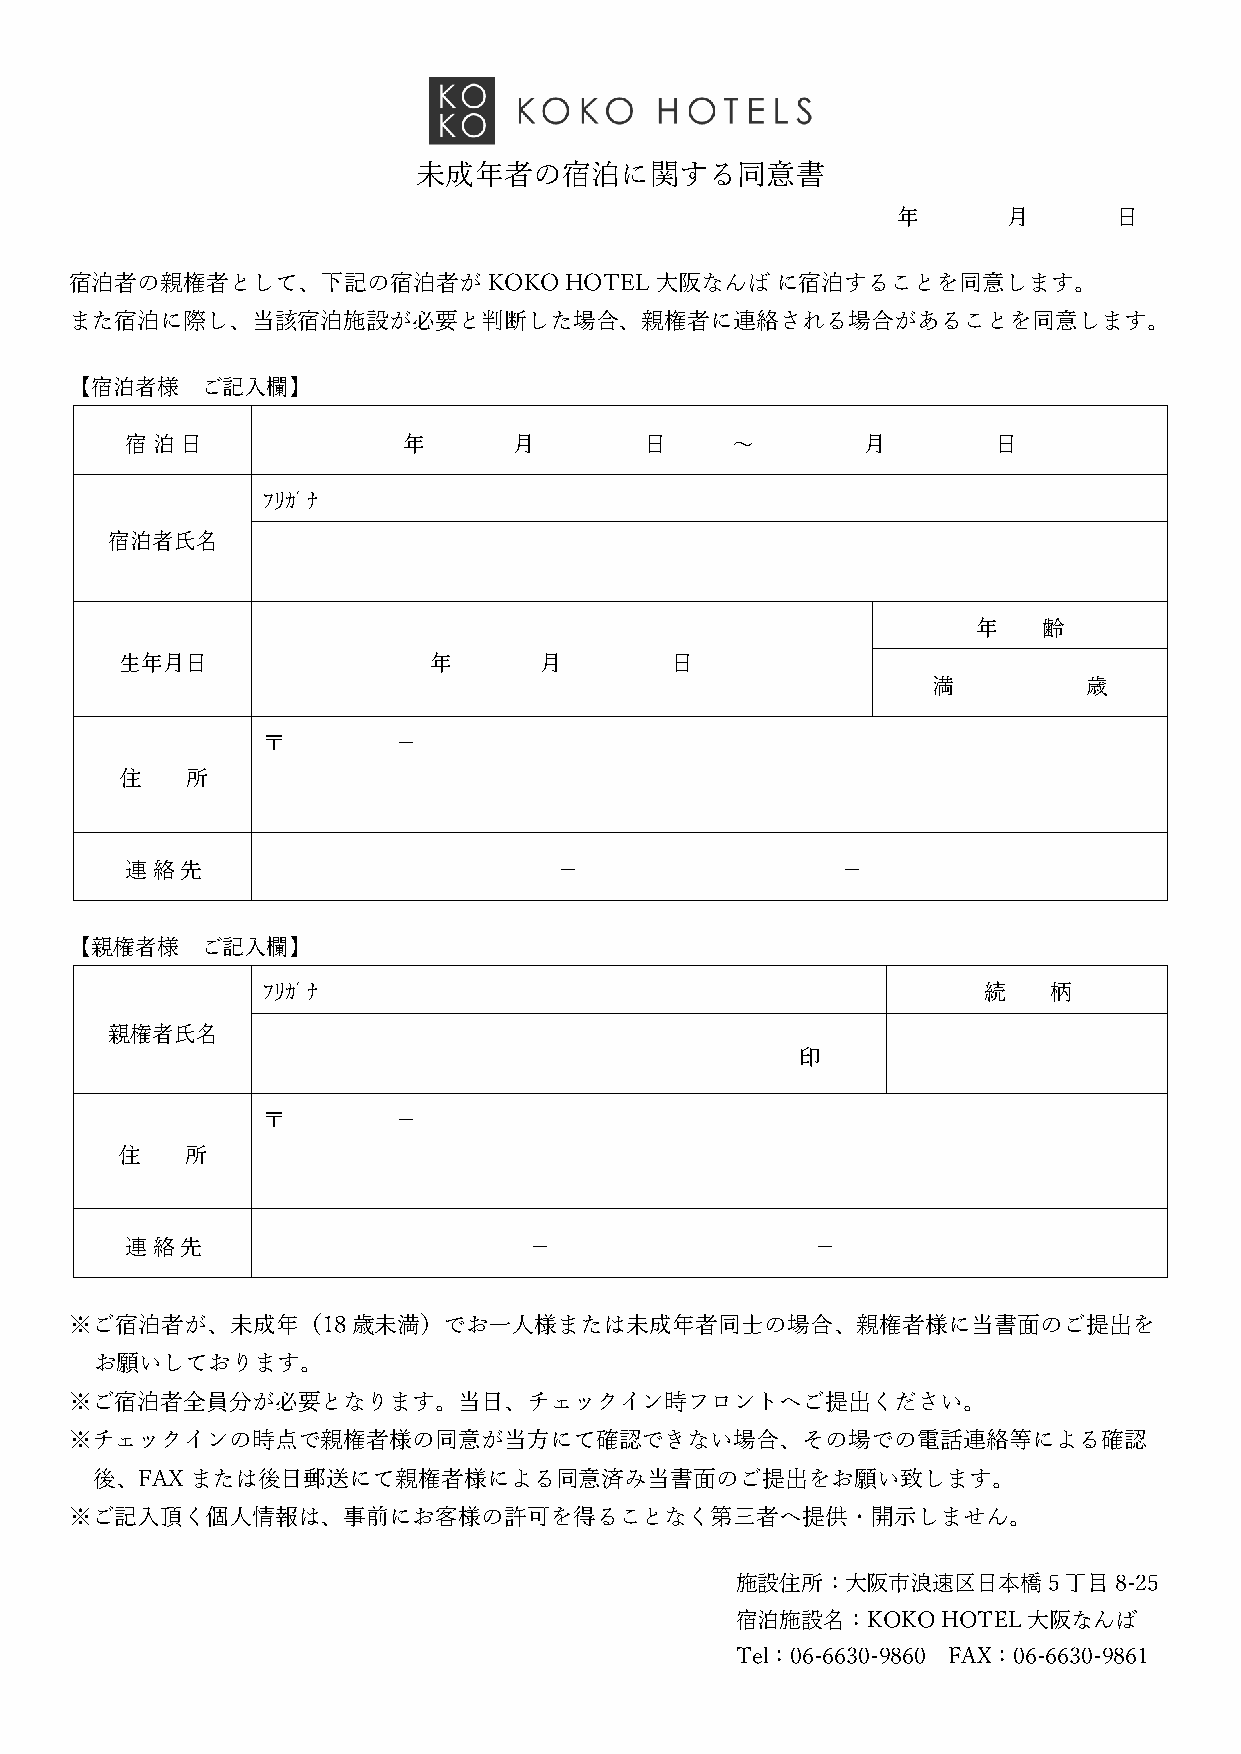
未成年者の宿泊に関する同意書
 年       月      日
 宿泊者の親権者として、下記の宿泊者が         KOKO HOTEL大阪なんば    に宿泊することを同意します。
 また宿泊に際し、当該宿泊施設が必要と判断した場合、親権者に連絡される場合があることを同意します。
 【宿泊者様   ご記入欄】
 宿 泊 日              年      月        日    ～        月        日
 ﾌﾘｶﾞﾅ
 宿泊者氏名
 年   齢
 生年月日                年       月       日
 満         歳
 〒        －
 住   所
 連 絡 先                        －                  －
 【親権者様   ご記入欄】
 ﾌﾘｶﾞﾅ                                           続   柄
 親権者氏名
 印
 〒        －
 住   所
 連 絡 先                      －                  －
 ※ご宿泊者が、未成年（18歳未満）でお一人様または未成年者同士の場合、親権者様に当書面のご提出を
 お願いしております。
 ※ご宿泊者全員分が必要となります。当日、チェックイン時フロントへご提出ください。
 ※チェックインの時点で親権者様の同意が当方にて確認できない場合、その場での電話連絡等による確認
 後、FAXまたは後日郵送にて親権者様による同意済み当書面のご提出をお願い致します。
 ※ご記入頂く個人情報は、事前にお客様の許可を得ることなく第三者へ提供・開示しません。
 施設住所：大阪市浪速区日本橋      5 丁目 8-25
 宿泊施設名：KOKO   HOTEL 大阪なんば
 Tel：06-6630-9860 FAX：06-6630-9861